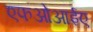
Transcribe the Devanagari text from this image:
एफओआईए